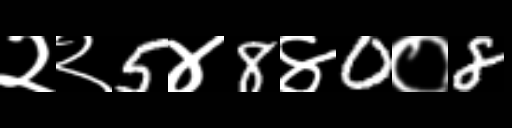
Text: २२5४8४0०8